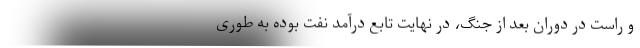
و راست در دورانِ بعد از جنگ، در نهایت تابع درآمد نفت بوده به ­طوری